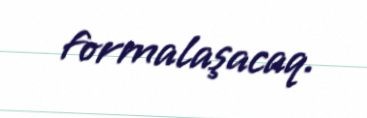
formalaşacaq.